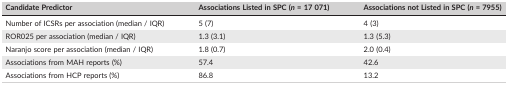
<table><thead><tr><td><b>Candidate Predictor</b></td><td><b>Associations Listed in SPC (<i>n</i> = 17 071)</b></td><td><b>Associations not Listed in SPC (<i>n</i> = 7955)</b></td></tr></thead><tbody><tr><td>Number of ICSRs per association (median / IQR)</td><td>5 (7)</td><td>4 (3)</td></tr><tr><td>ROR025 per association (median / IQR)</td><td>1.3 (3.1)</td><td>1.3 (5.3)</td></tr><tr><td>Naranjo score per association (median / IQR)</td><td>1.8 (0.7)</td><td>2.0 (0.4)</td></tr><tr><td>Associations from MAH reports (%)</td><td>57.4</td><td>42.6</td></tr><tr><td>Associations from HCP reports (%)</td><td>86.8</td><td>13.2</td></tr></tbody></table>